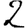
Digit: 2